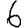
Digit: 6